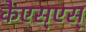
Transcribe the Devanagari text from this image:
केएस्‌एस्‌